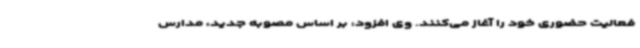
فعالیت حضوری خود را آغاز می‌کنند. وی افزود: بر اساس مصوبه جدید، مدارس